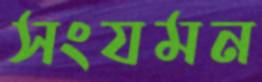
সংযমন